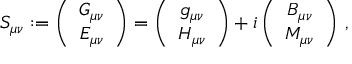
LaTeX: S _ { \mu \nu } : = \left( \begin{array} { c } { { G _ { \mu \nu } } } \\ { { E _ { \mu \nu } } } \end{array} \right) = \left( \begin{array} { c } { { g _ { \mu \nu } } } \\ { { H _ { \mu \nu } } } \end{array} \right) + i \left( \begin{array} { c } { { B _ { \mu \nu } } } \\ { { M _ { \mu \nu } } } \end{array} \right) \, ,